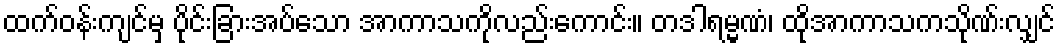
ထက်ဝန်းကျင်မှ ပိုင်းခြားအပ်သော အာကာသကိုလည်းကောင်း။ တဒါရမ္မဏံ၊ ထိုအာကာသကသိုဏ်းလျှင်